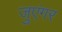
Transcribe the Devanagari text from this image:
जुएंगर